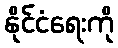
နိုင်ငံရေးကို